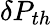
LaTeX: \delta P_{th}